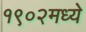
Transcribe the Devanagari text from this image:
१९०२मध्ये